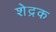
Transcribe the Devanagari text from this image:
शेद्रक